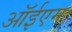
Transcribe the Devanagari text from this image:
ऑईएम